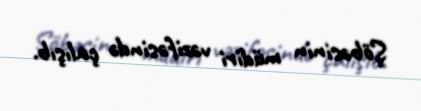
Şöbəsinin müdiri vəzifəsində çalışıb.